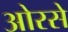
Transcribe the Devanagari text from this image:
ओरसे